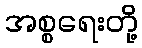
အစ္စရေးတို့